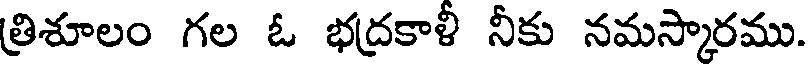
త్రిశూలం గల ఓ భద్రకాళీ నీకు నమస్కారము.